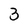
Character: 3